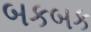
બકબક